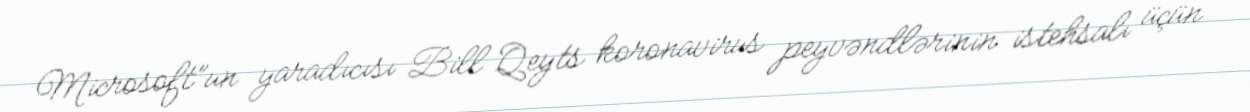
Microsoft”un yaradıcısı Bill Qeyts koronavirus peyvəndlərinin istehsalı üçün